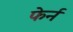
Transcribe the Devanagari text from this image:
फेर्न